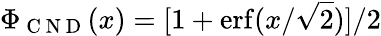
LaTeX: \Phi_{\mathrm{~C~N~D~}}(x)=[1+\operatorname{erf}(x/\sqrt{2})]/2